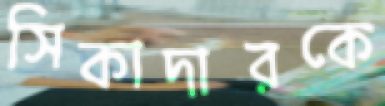
সিকাদারকে